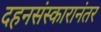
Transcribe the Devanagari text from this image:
दहनसंस्कारानंतर